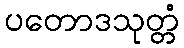
ပတောဒသုတ္တံ